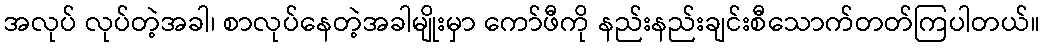
အလုပ် လုပ်တဲ့အခါ၊ စာလုပ်နေတဲ့အခါမျိုးမှာ ကော်ဖီကို နည်းနည်းချင်းစီသောက်တတ်ကြပါတယ်။